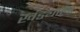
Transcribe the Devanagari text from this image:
खंड्याला